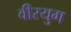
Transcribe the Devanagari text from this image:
वीरयुग